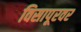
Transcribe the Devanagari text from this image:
विसापूरवर